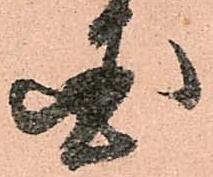
国